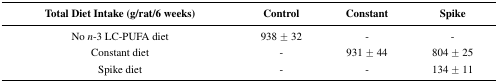
<table><thead><tr><td><b>Total Diet Intake (g/rat/6 weeks)</b></td><td><b>Control</b></td><td><b>Constant</b></td><td><b>Spike</b></td></tr></thead><tbody><tr><td>No <i>n</i>-3 LC-PUFA diet</td><td>938 ± 32</td><td>-</td><td>-</td></tr><tr><td>Constant diet</td><td>-</td><td>931 ± 44</td><td>804 ± 25</td></tr><tr><td>Spike diet</td><td>-</td><td>-</td><td>134 ± 11</td></tr></tbody></table>